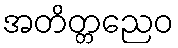
အတိတ္တညေဝ